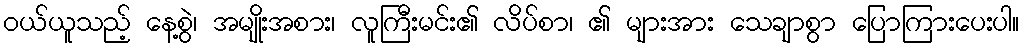
ဝယ်ယူသည့် နေ့စွဲ၊ အမျိုးအစား၊ လူကြီးမင်း၏ လိပ်စာ၊ ၏ များအား သေချာစွာ ပြောကြားပေးပါ။